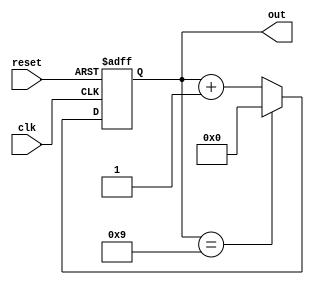
module decade_counter
  #(parameter N=4)
  (input clk, reset,
    output reg [N-1:0] out);
  always @(posedge clk or posedge reset)
    begin
      if (reset)
        out<=4'b0000;
      else if(out==4'b1001)
      out<=4'b0000;
    else
      out<=out+1;
  end 
endmodule